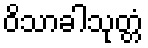
ဝိသာခါသုတ္တံ